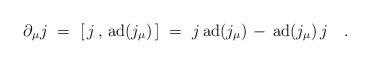
LaTeX: \begin{align*}\partial_\mu j~=~[ \, j \, , \, \mbox{ad}(j_\mu) \, ] ~=~j \, \mbox{ad}(j_\mu) \, - \, \mbox{ad}(j_\mu) \, j~~~. \end{align*}